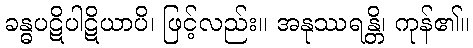
ခန္ဓပဋိပါဋိယာပိ၊ ဖြင့်လည်း။ အနုဿရန္တိ၊ ကုန်၏။